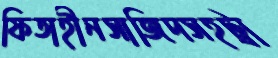
ফিতাহীনসাজিদসহট্রা